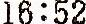
16:52